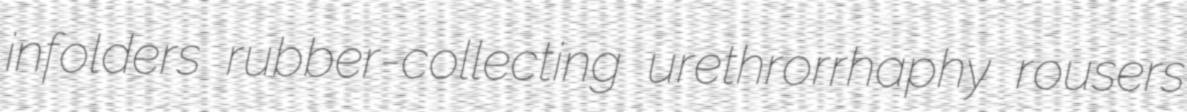
infolders rubber-collecting urethrorrhaphy rousers